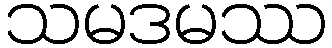
သမဒမဿ